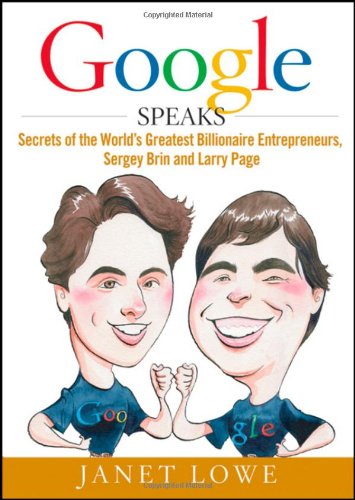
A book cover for Google Speaks: Secrets of the World's Greatest Billionaire Entrepreneurs, Sergey Brin and Larry Page; Janet Lowe; Biographies & Memoirs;